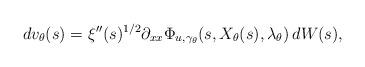
LaTeX: \begin{align*}dv_\theta(s)=\xi''(s)^{1/2}\partial_{xx}\Phi_{u,\gamma_\theta}(s,X_\theta(s),\lambda_\theta)\,dW(s),\end{align*}